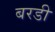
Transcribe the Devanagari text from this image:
बरडी